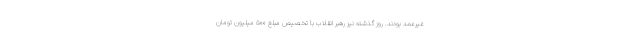
غیرعمد بودند. روز گذشته نیز رهبر انقلاب با تخصیص مبلغ ۵۰۰ میلیون تومان